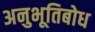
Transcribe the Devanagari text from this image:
अनुभूतिबोध